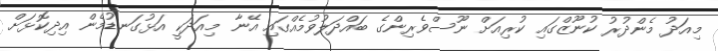
މިއަދު މެންދުރު ކުނޫޒްގައި ކުރިއަަށް ނޫސްވެރިންގެ ބައްދަލުވުމެއްގައި އޭނާ މިއަދަކީ އަޅުގަނޑުމެން އިދިކޮޅަށް